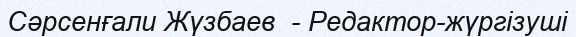
Сәрсенғали Жүзбаев  - Редактор-жүргізуші